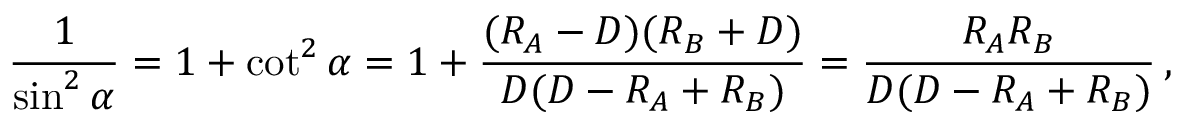
{ \frac { 1 } { \sin ^ { 2 } \alpha } } = 1 + \cot ^ { 2 } \alpha = 1 + { \frac { ( R _ { A } - D ) ( R _ { B } + D ) } { D ( D - R _ { A } + R _ { B } ) } } = { \frac { R _ { A } R _ { B } } { D ( D - R _ { A } + R _ { B } ) } } \, ,